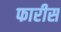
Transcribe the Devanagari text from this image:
फारीस